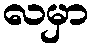
လမှာ